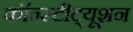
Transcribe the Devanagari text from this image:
कॉन्‍स्‍टीट्यूशन